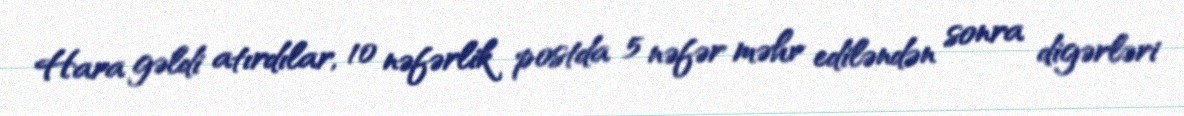
Hara gəldi atırdılar, 10 nəfərlik postda 5 nəfər məhv ediləndən sonra digərləri